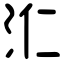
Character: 𣲚